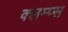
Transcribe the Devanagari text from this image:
क्लम्प्स